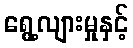
ရွေ့လျားမှုနှင့်